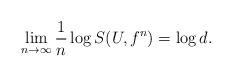
LaTeX: \begin{align*}\lim_{n\to\infty} \frac{1}{n}\log S(U,f^n)= \log d .\end{align*}